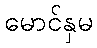
မောင်နှမ